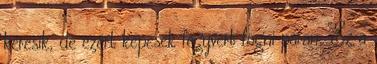
keresik, de ezért képesek fegyvert fogni páran. Ez a